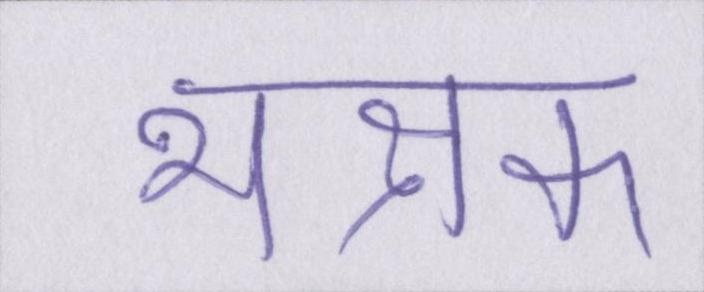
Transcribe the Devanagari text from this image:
भक्षक